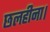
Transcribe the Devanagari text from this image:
छलहीना।